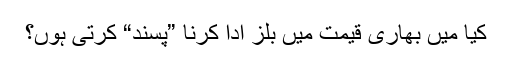
کیا میں بھاری قیمت میں بلز ادا کرنا ”پسند“ کرتی ہوں؟